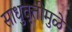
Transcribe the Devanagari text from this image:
साधुवृत्तीमुळे